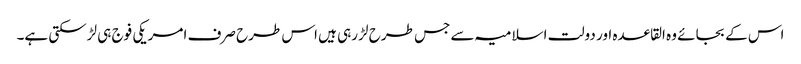
اس کے بجائے وہ القاعدہ اور دولت اسلامیہ سے جس طرح لڑ رہی ہیں اس طرح صرف امریکی فوج ہی لڑسکتی ہے۔